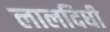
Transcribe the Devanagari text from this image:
लालदिघी